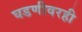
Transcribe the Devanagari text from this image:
घडणीवरही